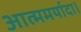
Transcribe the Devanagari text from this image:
आत्ममर्यादा।